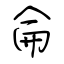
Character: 侖